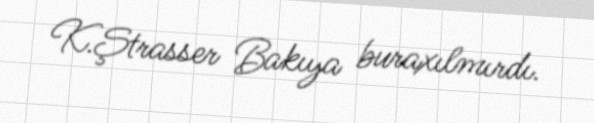
K.Ştrasser Bakıya buraxılmırdı.